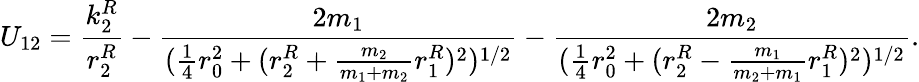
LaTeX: U_{12}=\frac{k_{2}^{R}}{r_{2}^{R}}-\frac{2m_{1}}{(\frac{1}{4}r_{0}^{2}+(r_{2}^{R}+\frac{m_{2}}{m_{1}+m_{2}}r_{1}^{R})^{2})^{1/2}}-\frac{2m_{2}}{(\frac 14r_{0}^{2}+(r_{2}^{R}-\frac{m_{1}}{m_{2}+m_{1}}r_{1}^{R})^{2})^{1/2}}.